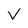
Character: V